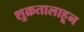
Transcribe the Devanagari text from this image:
शुक्रतालाहून